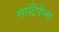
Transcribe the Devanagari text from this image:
माटिर्रुना